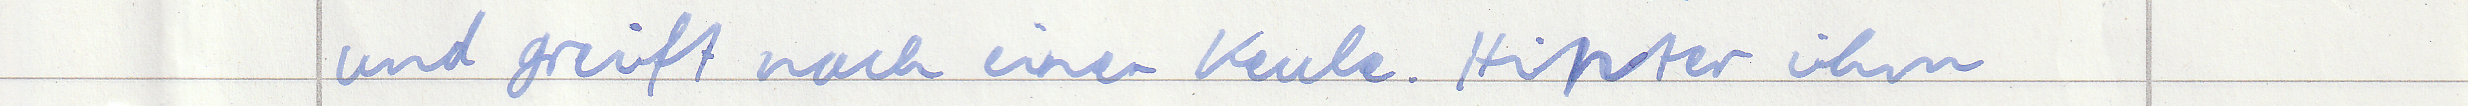
und greift nach einer Keule. Hinter ihm